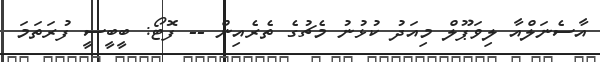
އާސެނަލްއާ ލިވަޕޫލް މިއަދު ކުޅުނު މެޗުގެ ތެރެއިން -- ފޮޓޯ: ބީބީސީ ފުރަތަމަ